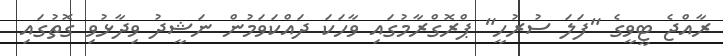
ރާއްޖެ ޓީވީގެ "ފަލަ ސުރުހީ" ޕްރޮގްރާމުގައި ވާހަކަ ދައްކަވަމުން ނަޝީދު ވިދާޅުވި ގޮތުގައި